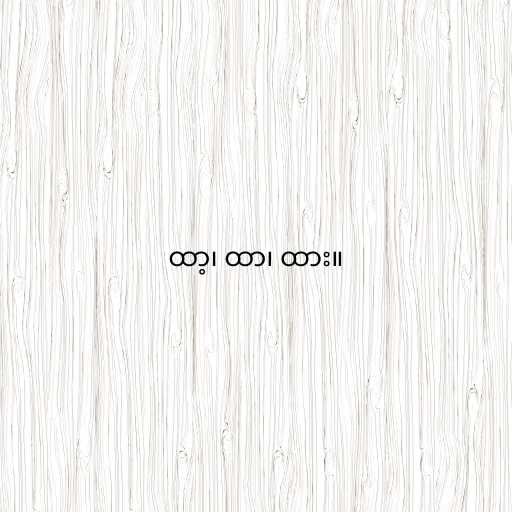
ထာ့၊ ထာ၊ ထား။